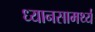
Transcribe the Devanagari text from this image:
ध्यानसामर्थ्य